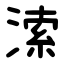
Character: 溹